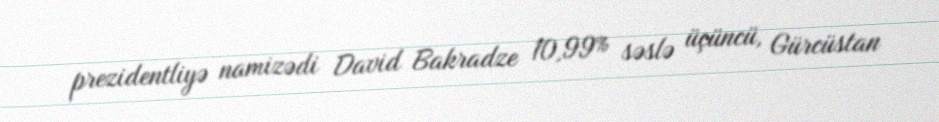
prezidentliyə namizədi David Bakradze 10,99% səslə üçüncü, Gürcüstan